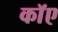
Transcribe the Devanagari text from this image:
काॅए